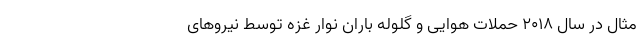
مثال در سال 2018 حملات هوایی و گلوله باران نوار غزه توسط نیروهای